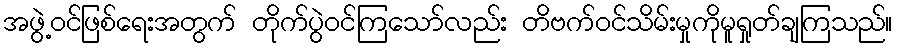
အဖွဲ့ဝင်ဖြစ်ရေးအတွက် တိုက်ပွဲဝင်ကြသော်လည်း တိဗက်ဝင်သိမ်းမှုကိုမူရှုတ်ချကြသည်။